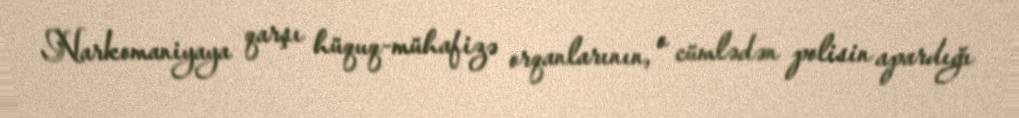
Narkomaniyaya qarşı hüquq-mühafizə orqanlarının, o cümlədən polisin apardığı